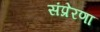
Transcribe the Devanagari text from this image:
संप्रेरणा